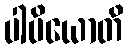
ပါပိယောတိ